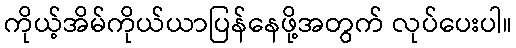
ကိုယ့်အိမ်ကိုယ်ယာပြန်နေဖို့အတွက် လုပ်ပေးပါ။